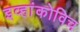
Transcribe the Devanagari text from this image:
इव्हांकोविच